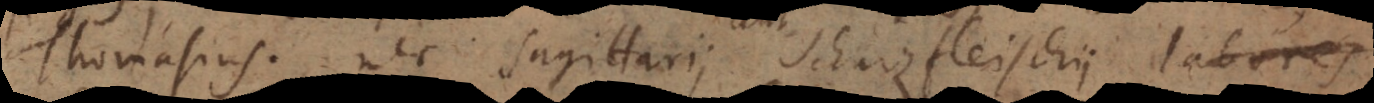
Thomasius, nec Sagittarii Schurzfleischii labores